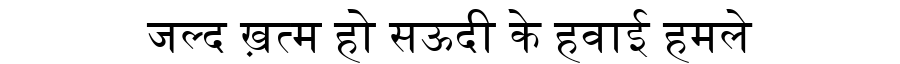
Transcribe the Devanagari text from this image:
जल्द ख़त्म हो सऊदी के हवाई हमले